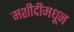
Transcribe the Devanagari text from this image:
मशीदीमधून